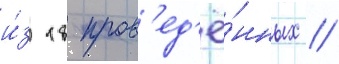
и́з 18 пров'ед'ё́нных //